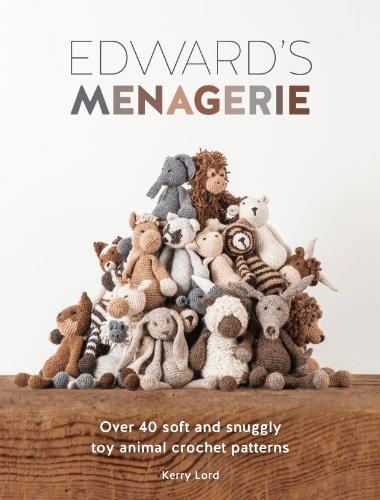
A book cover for Edward's Menagerie: Over 40 Soft and Snuggly Toy Animal Crochet Patterns; Kerry Lord; Crafts, Hobbies & Home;